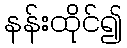
နန်းထိုင်၍